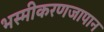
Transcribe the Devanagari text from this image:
भस्मीकरणजापान